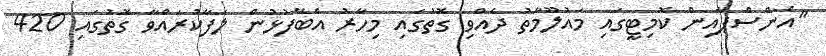
"އެންސްޕާއިން ކޮމިޓީގައި މައުލޫމާތު ދެއްވި ގޮތުގައި މިހާރު އެބޭފުޅުން ލަފާކުރައްވާ ގޮތުގައި 420